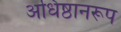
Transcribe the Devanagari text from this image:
अधिष्ठानरूप